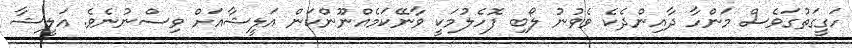
ހަގީގަތުގަވެސް މަންހާ ދާއިންދެކެ ވެވުނު ލޯބި ފޮހެލުމަކީ ވާނޭކަމެއްނޫންކަން އަލީޝާއަށް ވިސްނުނެވެ. އަލީޝާ